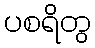
ပစရိတွ